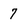
Character: 7